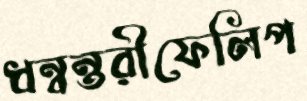
ধন্বন্তরীফেলিপ